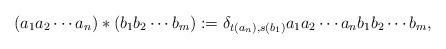
LaTeX: \begin{align*}(a_1a_2\cdots a_n)\ast(b_1b_2\cdots b_m):=\delta_{t(a_n),s(b_1)}a_1a_2\cdots a_nb_1b_2\cdots b_m,\end{align*}